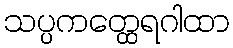
သပ္ပကတ္ထေရဂါထာ